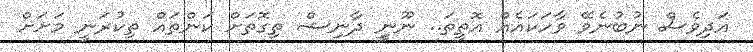
އަދިވެސް ނުބުނެވޭ ވާހަކައެއް އޮތީތަ.. ނޫނީީ ދާނިޝް ތިގޮތަށް ކަންތައް ތިކުރަނީ މަށަށް